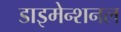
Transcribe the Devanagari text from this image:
डाइमेन्शनल